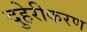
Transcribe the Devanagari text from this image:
दुहेरीकरण